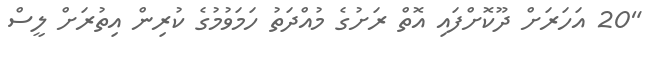
"20 އަހަރަށް ދޫކޮށްފައި އޮތް ރަށުގެ މުއްދަތު ހަމަވުމުގެ ކުރިން އިތުރަށް ލީސް